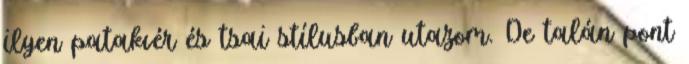
ilyen patakvér és tsai stílusban utazom. De talán pont